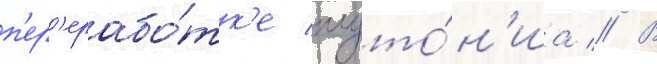
п'ер'ерабо́тк'е плуто́н'иа // В